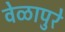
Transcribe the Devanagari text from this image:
वेळापुरे